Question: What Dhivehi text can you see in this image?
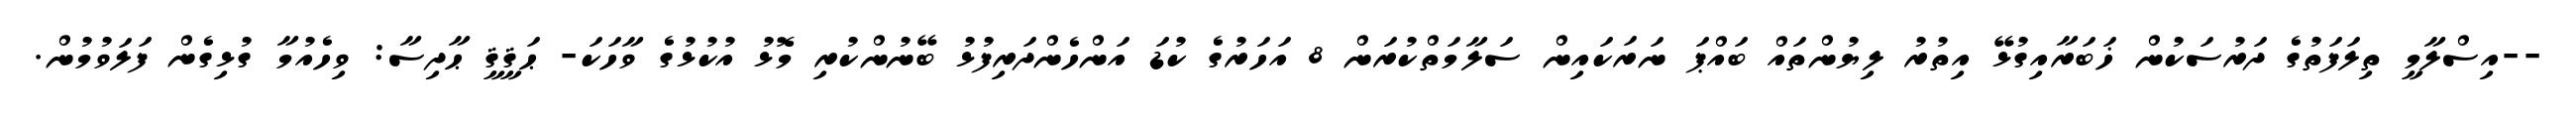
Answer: --އިސްލާމީ ތިލަފަތުގެ ދަރުސަކުން ޚަބަރާއިގުޅޭ އިތުރު ލިޔުންތައް ބައްޕަ ނަރަކައިން ސަލާމަތްކުރަން 8 އަހަރުގެ ކުޑަ އަންހެންދަރިފުޅު ބޭނުންކުރި މޮޅު އުކުޅުގެ ވާހަކަ- ޙަޤީޤީ ޙާދިސާ: ވިހެއުމާ ގުޅިގެން ފަލަވުމުން.